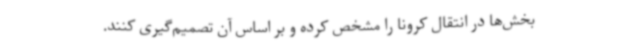
بخش‌ها در انتقال کرونا را مشخص کرده و بر اساس آن تصمیم‌گیری کنند.